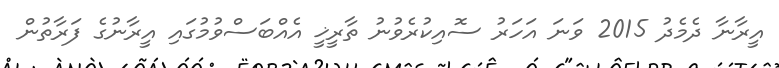
އީރާނާ ދެމެދު 2015 ވަނަ އަހަރު ސޮއިކުރެވުނު ތާރީޚީ އެއްބަސްވުމުގައި އީރާނުގެ ފަރާތުން